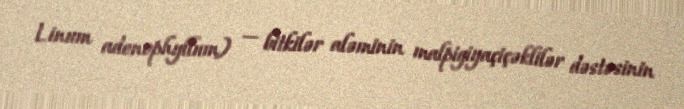
Linum adenophyllum) — bitkilər aləminin malpigiyaçiçəklilər dəstəsinin